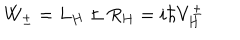
LaTeX: W _ { \pm } = L _ { H } \pm R _ { H } = i \hbar V _ { H } ^ { \pm }